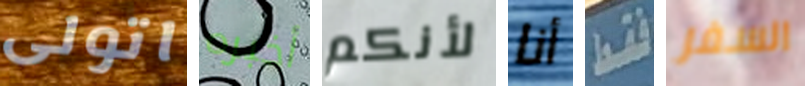
اتولى أخبره لأنكم أنا فقط السفر